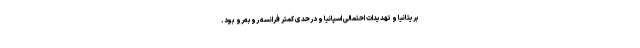
بریتانیا و تهدیدات احتمالی اسپانیا و درحدی کمتر فرانسه روبه‌رو بود.